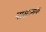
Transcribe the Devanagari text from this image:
त्रासात्मक